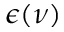
\epsilon ( \nu )